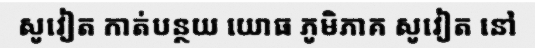
សូវៀត កាត់បន្ថយ យោធ ភូមិភាគ សូវៀត នៅ